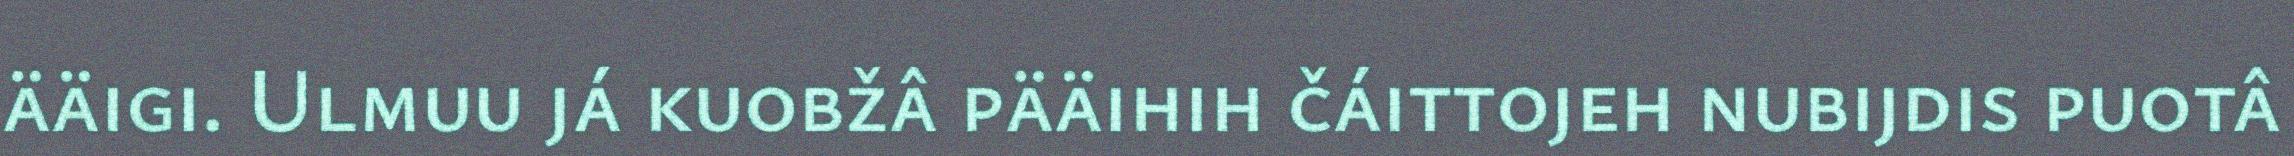
ääigi. Ulmuu já kuobžâ pääihih čáittojeh nubijdis puotâ